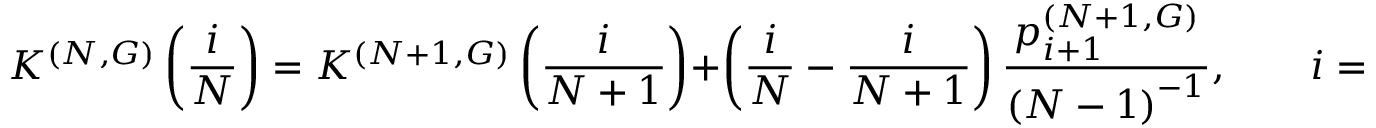
K ^ { ( N , G ) } \left( \frac { i } { N } \right) = K ^ { ( N + 1 , G ) } \left( \frac { i } { N + 1 } \right) + \left( \frac { i } { N } - \frac { i } { N + 1 } \right) \frac { p _ { i + 1 } ^ { ( N + 1 , G ) } } { \left( N - 1 \right) ^ { - 1 } } , \qquad i = 1 , \dots , N - 1 ,